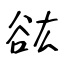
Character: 谹